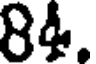
84.